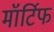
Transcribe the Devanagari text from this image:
मॉर्टिफ